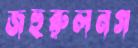
জহুরুলনগ